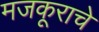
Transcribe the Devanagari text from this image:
मजकूराचे